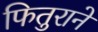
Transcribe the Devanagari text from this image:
फितुराने